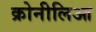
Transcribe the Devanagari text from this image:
क्रोनीलिआ